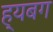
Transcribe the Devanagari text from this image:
ह्यबग